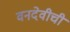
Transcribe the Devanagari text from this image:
वनदेवीची